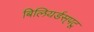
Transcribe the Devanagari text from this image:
बिलियर्डस्‌पटू